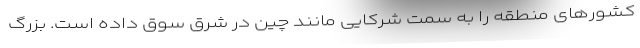
کشورهای منطقه را به سمت شرکایی مانند چین در شرق سوق داده است. بزرگ